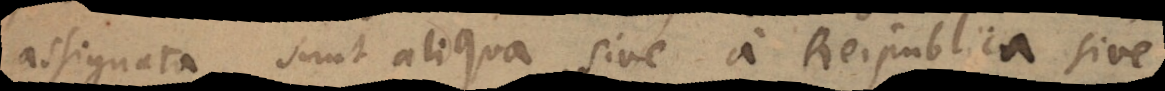
assignata sunt aliqua, sive a Reipublica sive